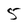
Character: 5